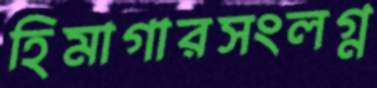
হিমাগারসংলগ্ন